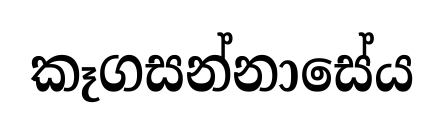
කෑගසන්නාසේය